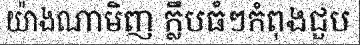
យ៉ាងណាមិញ ក្លឹបធំៗកំពុងជួប